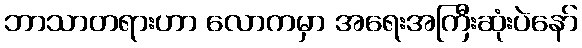
ဘာသာတရားဟာ လောကမှာ အရေးအကြီးဆုံးပဲနော်